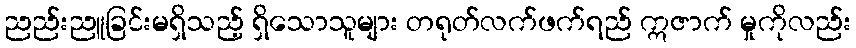
ညည်းညူခြင်းမရှိသည့် ရှိသောသူများ တရုတ်လက်ဖက်ရည် ဣဇာက် မှုကိုလည်း